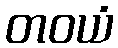
တဝယံ